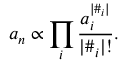
a _ { n } \propto \prod _ { i } \frac { a _ { i } ^ { | \# _ { i } | } } { | \# _ { i } | ! } .